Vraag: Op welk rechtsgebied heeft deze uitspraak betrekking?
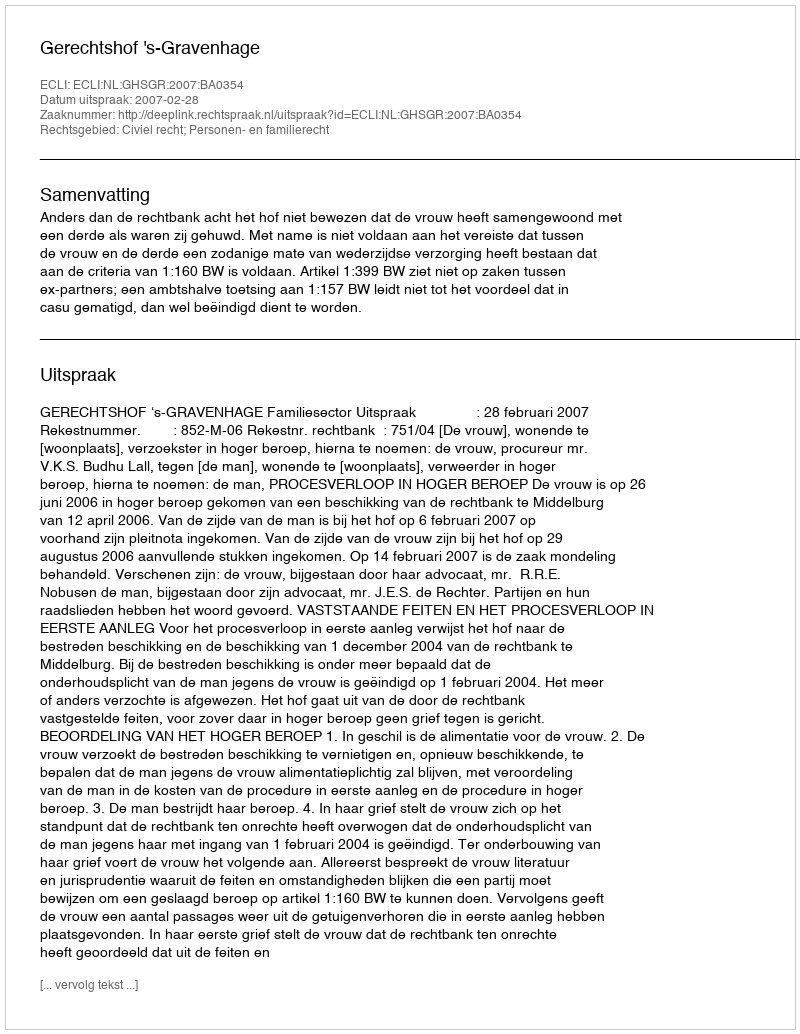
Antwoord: Civiel recht; Personen- en familierecht